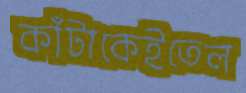
কাঁটাকেইতেল